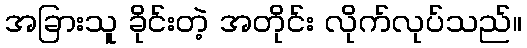
အခြားသူ ခိုင်းတဲ့ အတိုင်း လိုက်လုပ်သည်။